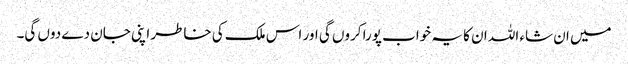
میں ان شاء اللہ ان کا یہ خواب پورا کروں گی اور اس ملک کی خاطر اپنی جان دے دوں گی۔